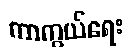
ကာကွယ်ရေး